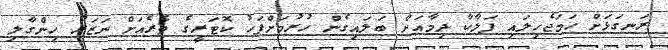
ރަނގަޅަށް ހަމަޖެހިލައި ފަލާކާ ދިމާއަށް ބަލައިގެން ހުރުމަށްފަހު ކޮޓަރީގެ ތެރެއަށް ނަޒަރު ހިންގާލި